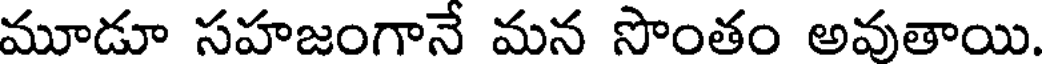
మూడూ సహజంగానే మన సొంతం అవుతాయి.